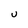
Character: U